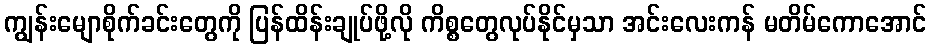
ကျွန်းမျောစိုက်ခင်းတွေကို ပြန်ထိန်းချုပ်ဖို့လို ကိစ္စတွေလုပ်နိုင်မှသာ အင်းလေးကန် မတိမ်ကောအောင်